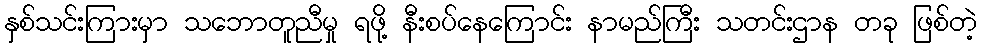
နှစ်သင်းကြားမှာ သဘောတူညီမှု ရဖို့ နီးစပ်နေကြောင်း နာမည်ကြီး သတင်းဌာန တခု ဖြစ်တဲ့